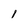
Character: l